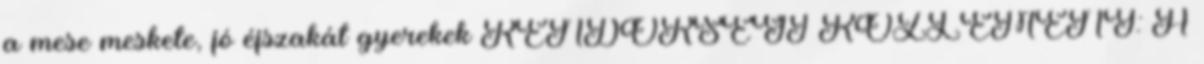
a mese meskete, jó éjszakát gyerekek RENDŐRSÉGI KÖZLEMÉNY: A